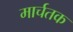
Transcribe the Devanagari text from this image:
मार्चतक